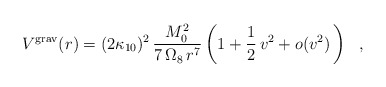
\begin{align*}V^{\rm grav}(r) = (2 \kappa_{10})^2 \,{M_0^2 \over 7\, \Omega_8\, r^7}\left(1 + \frac{1}{2} \,v^2 +o(v^2) \, \right)~~, \end{align*}